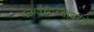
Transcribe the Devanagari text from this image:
ग्लाउस्टरशायरचे